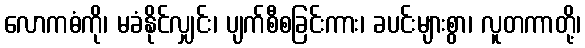
လောကဓံကို၊ မခံနိုင်လျှင်း၊ ပျက်စီစခြင်းကား၊ ခပင်းများစွာ၊ လူတကာတို့၊